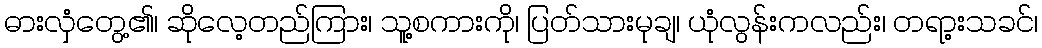
ဓားလှံတွေ့၏၊ ဆိုလေ့တည်ကြား၊ သူ့စကားကို၊ ပြတ်သားမုချ၊ ယုံလွန်းကလည်း၊ တရာ့းသခင်၊